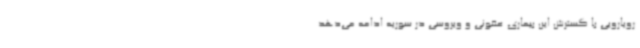
رویارویی با گسترش این بیماری عفونی و ویروسی در سوریه ادامه می‌دهد